Annual report of the Punjab Veterinary College and of the Civil Veterinary Department, Punjab - 1920-1925
Year: 1920
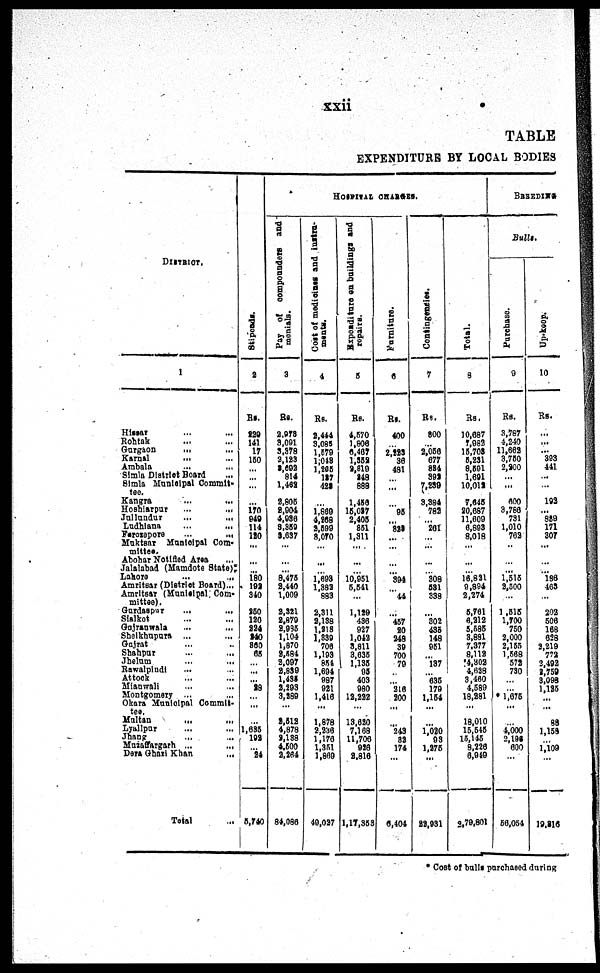
xxii
TABLE
EXPENDI TURE BY LOCAL BODI ES
DI STRI CT.
1
Hi ssar ... ...
Roht ak .
.
. .
.
.
Gur gaon ... ...
Kar nal ... ...
Ambal a ... ...
Si ml a Di st ri ct Boar d ...
Si ml a Muni ci pal Commi t
-
t ee.
Kangr a ... ...
Hoshi ar pur ... ...
Jul l undur ... ...
Ludhi ana ... ...
Fer osepor e . . . . . .
Muktsar Muni ci pal Com-
mi t t ee.
Abohar Not i fi ed Ares ...
Jal al abad ( Mamdot e St at e) :
Lahor e .
.
. .
.
.
Amr i t sar (Di st ri ct Boar d) ...
Amr i t sar ( Muni ci pal Com-
mi t t ee).
Gurdaspur . . . . . .
Si al kot ... ...
Guj r anwal a ... ...
Shel khupur a ... ...
Gujrat . . . . . .
Shahpur ... ...
Jhel um ... ...
Rawal pi ndi
At t ock ... ...
Mi anwal l ... ...
Mont gomer y ... ...
Okara Municipal Commit-
tee
Mul t an ... ...
Lyal l pur ... ...
Jhang ... ...
Muzaf f ar gar h ... ...
Dara Ghari Khan ...
Tot al ...
St i
pe nds .
2
Rs.
220
141 17
150
... ... ...
...
170 949 114 190
...
... ... 180 193
340
250
120
324 240
860 65
... ... ... 28
...
...
...
1, 635
193
... 26
5,740
HOSPITAL CHARGES.
Pa y of compounders and
menials.
3
Rs.
2,978
3, 091
3, 378
2, 123
8,692 814
1,462
2,805
8,904
4, 936
8,359 3,637
...
... ... 8, 475
3, 440
1, 009
2,321
2, 879
2,935 1, 104
1, 870
2, 584
8, 097
3,839 1, 435
2,193 3,289
...
2,512
4, 878
3, 138
4, 500
2,264
84, 086
Cos t of madicines and instru-
ments.
4
Rs.
2, 444
3, 085
1,579 1, 048
1,205 187
423
...
1, 869
4, 268
2,599 8, 070
...
... ... 1, 693
1, 383 883
2, 311
2, 138
1, 818
1, 839 706
1, 193 854
1, 694 987 921
1, 416 ...
1, 878
2,236
1, 176
1, 351
1, 869
49, 027
Expenditure on buildings and
repairs.
5
Rs.
4, 570
1, 806
6, 467
1,352
8, 819 248
888
1, 450
15, 037
2, 405 851
1, 311
...
... ... 10, 951
5,541
...
1,139
436 927
1, 043
8, 811
3, 635
1, 135 95
403 980
12,232 ...
13, 620
7, 168
11, 706 926
9,816
1, 17, 363
Furniture.
6
Rs.
400
... 2, 883 36
481
... ...
... 95
... 828
... ...
... ... 394
... 44
... 457 20
248 39
700 79
... ... 216 200 ...
... 243 82
174 ...
6, 404
Cont i
nge s t
i
c s .
7
Rs.
800
... 2,056 677 884
392
7, 239
3, 384
782
... 261
... ...
... ... 308
581 338
...
302 435 148
951
... 137
... 635 179
1, 154
...
...
1, 080 93
1,275 ...
22,931
Total.
8
Rs.
10, 687
7, 983
15, 703
5,231
8,591 1, 691
10, 012
7, 645
20, 687
11, 609
6, 893
8, 018
...
... ...
16,821 9, 894
2, 274
5,761
6,212 5,585 8,881 7, 377
8, 112
4, 802
4,628
3,460 4, 589
18, 281
...
18, 010
15, 545
15, 145
8,226
6, 949
2, 79, 801
BREEDIN
Bulls.
Pur c ha s e .
9
Rs.
3, 787
4, 240
11, 662
3, 750
2, 800 ...
...
600
3, 786 731
1, 010 762
...
... ... 1,516 3, 500
...
1,515
1, 700 750
2, 000
2, 155
1, 568 572 730
... ... 1,675 ...
...
4, 000
2, 196 600
...
56, 054
Up-kee
10
Rs.
...
... ... 393
441
... ... 193
... 839 171 307
...
... ... 186 463
... 202
506 168
628
2,219 772
2,493 3, 759
3, 093
1,185
... ...
88
1, 153
... 1,109 ...
19, 816
* Cost of bul l s pur chased duri ng